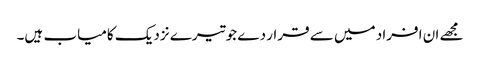
مجھے ان افراد میں سے قرار دے جو تیرے نزدیک کامیاب ہیں۔